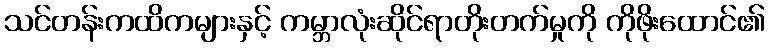
သင်တန်းကထိကများနှင့် ကမ္ဘာလုံးဆိုင်ရာတိုးတက်မှုကို ကိုဖိုးထောင်၏